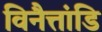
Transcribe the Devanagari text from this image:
विनैत्तांडि